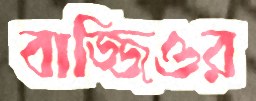
বাজ্জিওর